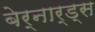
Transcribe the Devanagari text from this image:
बेर्नार्ड्स